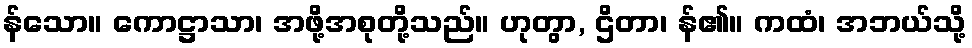
န်သော။ ကောဋ္ဌာသာ၊ အဖို့အစုတို့သည်။ ဟုတွာ, ဌိတာ၊ န်၏။ ကထံ၊ အဘယ်သို့